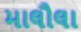
માલૌલા